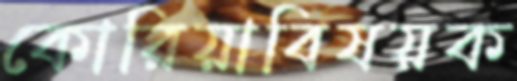
কোরিয়াবিষয়ক